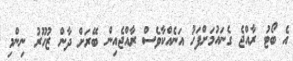
އެ ބޯޓު ރާއްޖެ ގެނައުމަށްފަހު އަނެއްކާވެސް ރާއްޖެއިން ބޭރަށް ދާން ޒުހޫރު ނިންމި